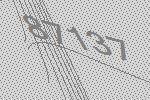
87137